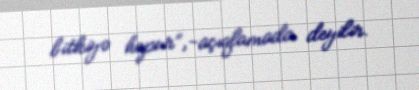
bitkiyə hopur”,-açıqlamada deyilir.